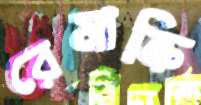
রেমাক্রি